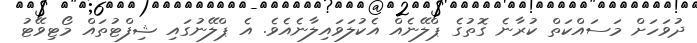
ދުވަހަށް މަސައްކަތް ކުރާނެ ގޮތުގެ ޕްލޭނެއް އެކުލަވައިލާނެއެވެ. އެ ޕްލޭނުގައި ޝިފްޓުތައް މޯޓިވޭޓު